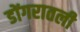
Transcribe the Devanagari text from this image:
डोंगरातली